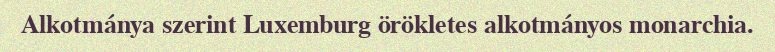
Alkotmánya szerint Luxemburg örökletes alkotmányos monarchia.